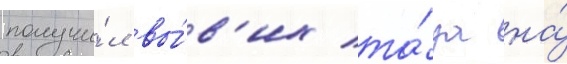
получи́л вы́в'их та́за на́